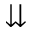
\downdownarrows